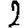
Digit: 2